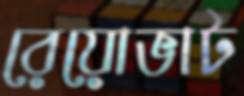
রেয়োভাট